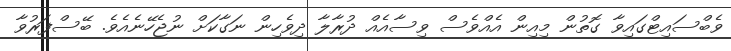
ވެބްސައިޓްގައިވާ ގޮތުން މިއިން އެއްވެސް ވިސާއެއް ދުރާލާ ދިވެހިން ނަގާކަށް ނުޖެހޭނެއެވެ. ބޭސްފަރުވާ